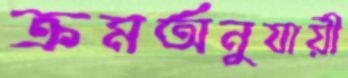
ক্রমঅনুযায়ী